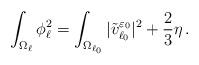
LaTeX: \begin{align*}\int_{\Omega_\ell}\phi_\ell^2 = \int_{\Omega_{\ell_0}}|\tilde v_{\ell_0}^{\varepsilon_0}|^2 + \frac{2}{3}\eta\,.\end{align*}